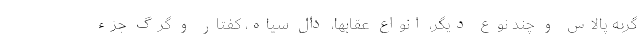
گربه پالاس و چند نوع دیگر، انواع عقابها، دال سیاه، کفتار و گرگ جزء